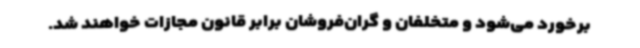
برخورد می‌شود و متخلفان و گران‌فروشان برابر قانون مجازات خواهند شد.